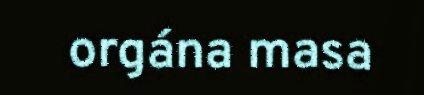
orgána masa